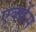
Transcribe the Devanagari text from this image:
एक्वेंस